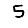
Digit: 5